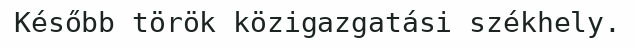
Később török közigazgatási székhely.